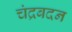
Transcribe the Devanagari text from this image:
चंद्रबदन